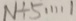
N \div 5 \cdots 1